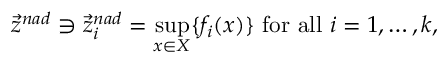
{ \vec { z } } ^ { n a d } \ni { \vec { z } } _ { i } ^ { n a d } = { \underset { x \in X } { \operatorname* { s u p } } } \{ f _ { i } ( x ) \} { \mathrm { ~ f o r ~ a l l ~ } } i = 1 , \ldots , k ,